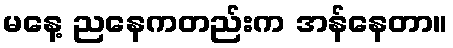
မနေ့ ညနေကတည်းက အန်နေတာ။